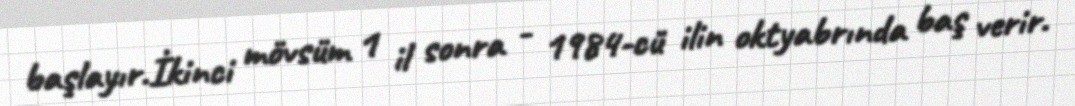
başlayır.İkinci mövsüm 1 il sonra - 1984-cü ilin oktyabrında baş verir.